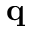
\mathbf { q }